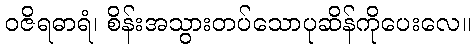
ဝဇိရဓာရံ၊ စိန်းအသွားတပ်သောပုဆိန်ကိုပေးလေ။